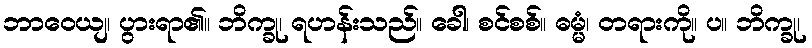
ဘာဝေယျ၊ ပွားရာ၏။ ဘိက္ခု၊ ရဟန်းသည်။ ခေါ၊ စင်စစ်။ ဓမ္မံ၊ တရားကို။ ပ။ ဘိက္ခု၊